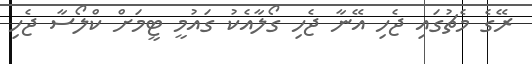
ރޭގެ މެޗުގައި ޖެހި އޭނާ ޖެހި ގޯލާއެކު ގައުމީ ޓީމަށް ކްލޯސާ ޖެހި